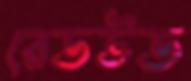
রেডউড